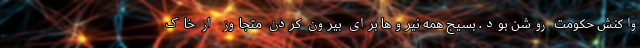
واکنش حکومت روشن بود. بسیج همه نیروها برای بیرون کردن متجاوز از خاک